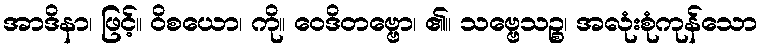
အာဒိနာ၊ ဖြင့်။ ဝိစယော၊ ကို။ ဝေဒိတဗ္ဗော၊ ၏။ သဗ္ဗေသဉ္စ၊ အလုံးစုံကုန်သော